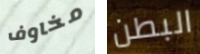
مخاوف البطن